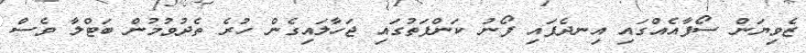
ޒެވިޔަން ސޯފާއެއްގައި އިނދެފައި ފޯނު ކަންފަތުގައި ޖަހާލައިގެން ހުރެ ތެދުވުމުން ބަޓްލާ ވެސް